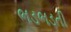
ભડભડતી